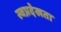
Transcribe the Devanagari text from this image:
स्वप्नदेखता